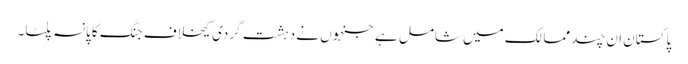
پاکستان ان چند ممالک میں شامل ہے جنہوں نے دہشت گردی کیخلاف جنگ کا پانسہ پلٹا۔